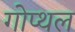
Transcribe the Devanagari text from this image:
गोप्थल